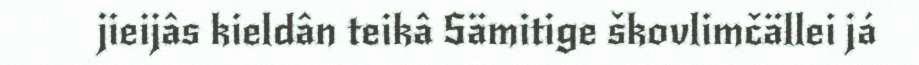
jieijâs kieldân teikâ Sämitige škovlimčällei já